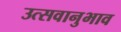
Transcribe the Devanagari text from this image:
उत्सवानुभाव